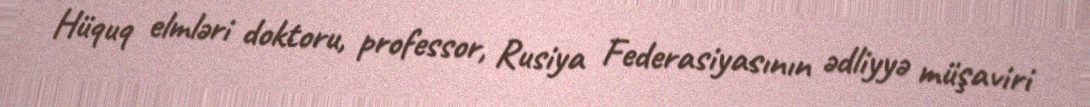
Hüquq elmləri doktoru, professor, Rusiya Federasiyasının ədliyyə müşaviri